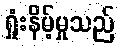
ရှုံးနိမ့်မှုသည်